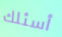
أسئلك